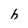
Character: h